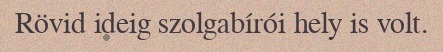
Rövid ideig szolgabírói hely is volt.